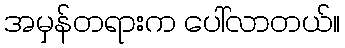
အမှန်တရားက ပေါ်လာတယ်။